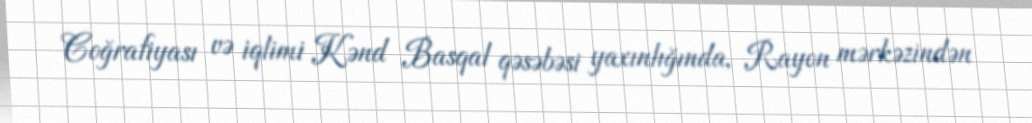
Coğrafiyası və iqlimi Kənd Basqal qəsəbəsi yaxınlığında, Rayon mərkəzindən